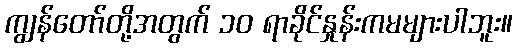
ကျွန်တော်တို့အတွက် ၁၀ ရာခိုင်နှုန်းကမများပါဘူး။